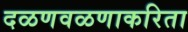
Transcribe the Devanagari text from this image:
दळणवळणाकरिता